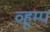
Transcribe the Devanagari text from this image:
व्हूम्प